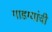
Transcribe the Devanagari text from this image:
गाडग्यांची